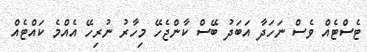
ޓެސްޓެއް ވެސް ނަހަދާ އަބަދު ބޭސް ކާންޖެހޭ މިހާރު ނުރިހޭ އެއްމެ ކައްޓެއް